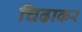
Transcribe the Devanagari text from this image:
चिढाकर